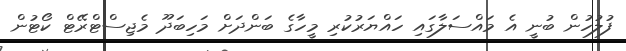
ފުލުހުން ބުނީ އެ މައްސަލާގައި ހައްޔަރުކުރި މީހާގެ ބަންދަށް މަހިބަދޫ މެޖިސްޓްރޭޓް ކޯޓުން